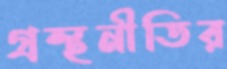
গ্রন্থনীতির